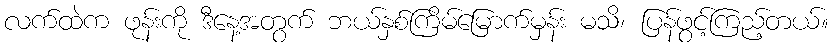
လက်ထဲက ဖုန်းကို ဒီနေ့အတွက် ဘယ်နှစ်ကြိမ်မြောက်မှန်း မသိ၊ ပြန်ဖွင့်ကြည့်တယ်။